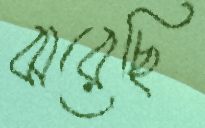
ঝরেছি